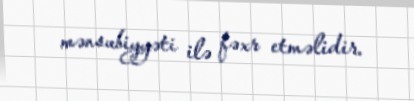
mənsubiyyəti ilə fəxr etməlidir.